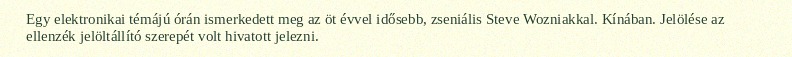
Egy elektronikai témájú órán ismerkedett meg az öt évvel idősebb, zseniális Steve Wozniakkal. Kínában. Jelölése az ellenzék jelöltállító szerepét volt hivatott jelezni.